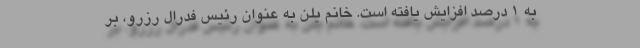
به ۱ درصد افزایش یافته است. خانم یلن به عنوان رئیس فدرال رزرو، بر